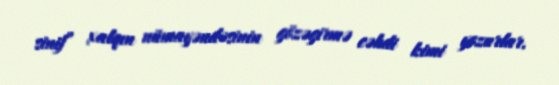
sinif” xalqın nümayəndəsinin gözəgirmə cəhdi kimi yozurlar.